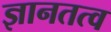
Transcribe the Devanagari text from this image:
ज्ञानतत्व